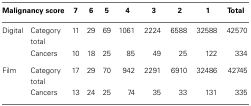
<table><thead><tr><td colspan="2"><b>Malignancy score</b></td><td><b>7</b></td><td><b>6</b></td><td><b>5</b></td><td><b>4</b></td><td><b>3</b></td><td><b>2</b></td><td><b>1</b></td><td><b>Total</b></td></tr></thead><tbody><tr><td>Digital</td><td>Category total</td><td>11</td><td>29</td><td>69</td><td>1061</td><td>2224</td><td>6588</td><td>32588</td><td>42570</td></tr><tr><td></td><td>Cancers</td><td>10</td><td>18</td><td>25</td><td>85</td><td>49</td><td>25</td><td>122</td><td>334</td></tr><tr><td>Film</td><td>Category total</td><td>17</td><td>29</td><td>70</td><td>942</td><td>2291</td><td>6910</td><td>32486</td><td>42745</td></tr><tr><td></td><td>Cancers</td><td>13</td><td>24</td><td>25</td><td>74</td><td>35</td><td>33</td><td>131</td><td>335</td></tr></tbody></table>